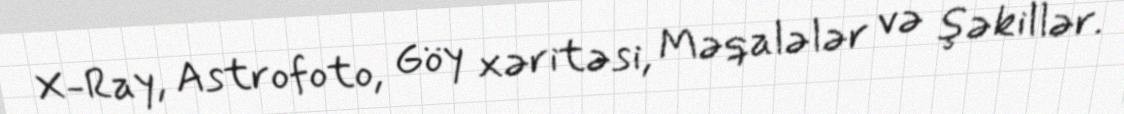
X-Ray, Astrofoto, Göy xəritəsi, Məqalələr və şəkillər.